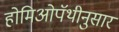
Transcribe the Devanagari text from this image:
होमिओपॅथीनुसार